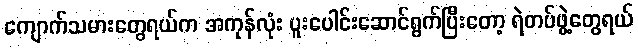
ကျောက်သမားတွေရယ်က အကုန်လုံး ပူးပေါင်းဆောင်ရွက်ပြီးတော့ ရဲတပ်ဖွဲ့တွေရယ်